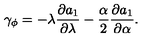
\gamma _ { \phi } = - \lambda \frac { \partial a _ { 1 } } { \partial \lambda } - \frac { \alpha } { 2 } \frac { \partial a _ { 1 } } { \partial \alpha } .